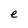
Character: e